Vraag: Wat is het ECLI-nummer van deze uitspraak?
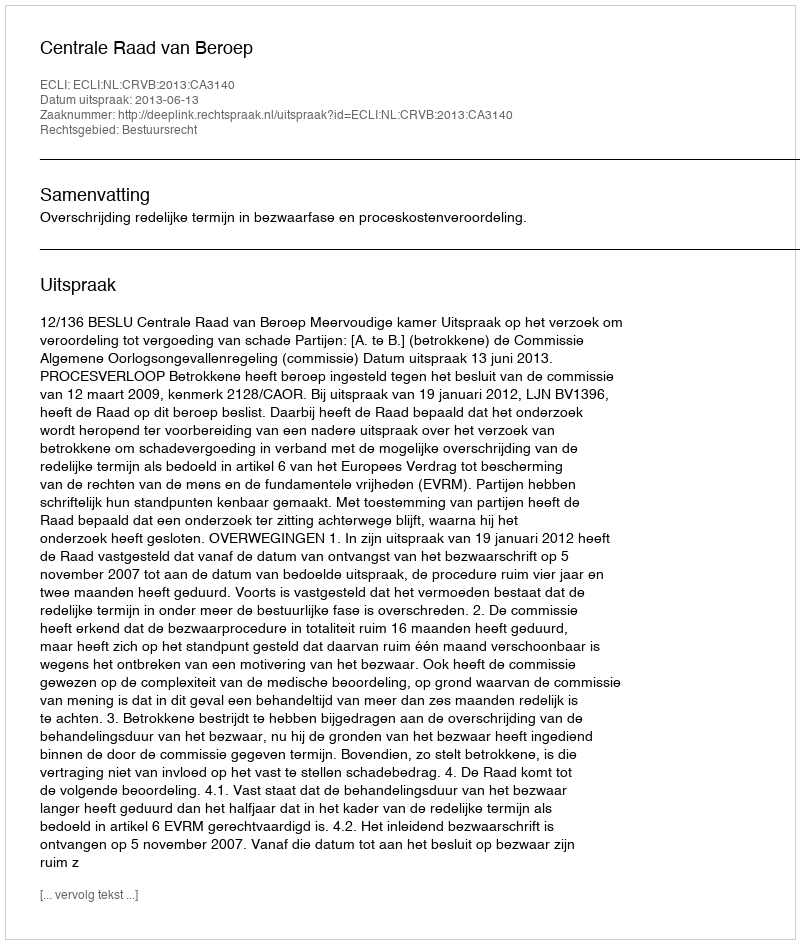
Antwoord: ECLI:NL:CRVB:2013:CA3140